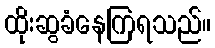
ထိုးဆွခံနေကြရသည်။